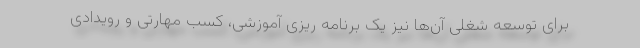
برای توسعه شغلی آن‌ها نیز یک برنامه ریزی آموزشی، کسب مهارتی و رویدادی